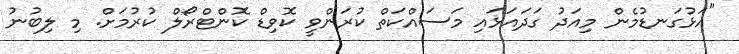
"އަޅުގަނޑުމެން މިއަދު ގަދައަޅައި މަސައްކަތް ކުރަންވީ ކޮވިޑް ކޮންޓްރޯލް ކުރުމަށް. މި ލިބުނު